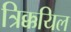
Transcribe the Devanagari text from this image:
त्रिक्कयिल